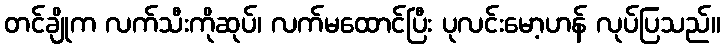
တင်ချိုက လက်သီးကိုဆုပ်၊ လက်မထောင်ပြီး ပုလင်းမော့ဟန် လုပ်ပြသည်။